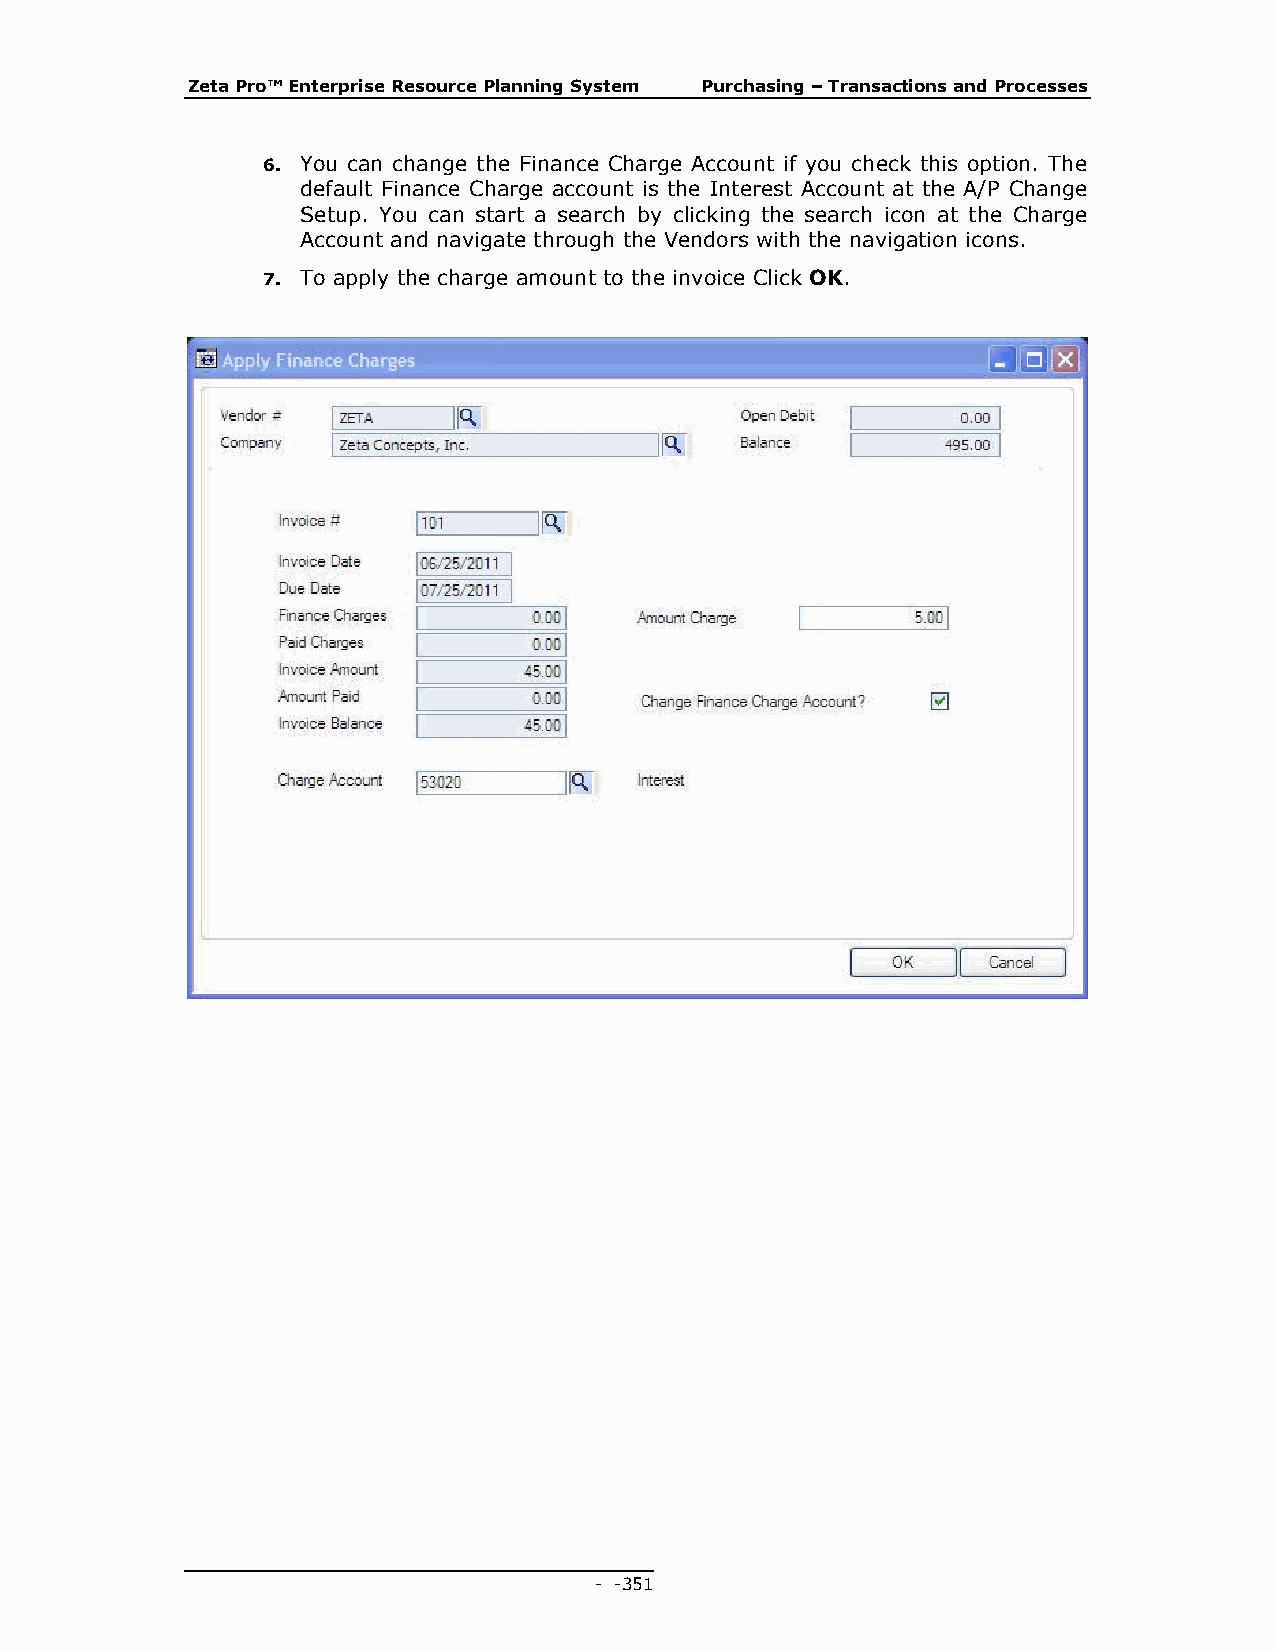
Zeta Pro™ Enterprise Resource Planning System Purchasing – Transactions and Processes
 6. You can change the Finance Charge Account if you check this option. The
 default Finance Charge account is the Interest Account at the A/P Change
 Setup. You can start a search by clicking the search icon at the Charge
 Account and navigate through the Vendors with the navigation icons.
 7. To apply the charge amount to the invoice Click OK.
 - - 351